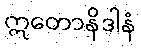
ဣတောနိဒါနံ